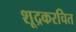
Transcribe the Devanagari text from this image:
शूद्रकरचित